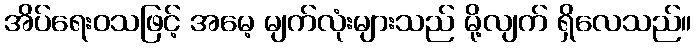
အိပ်ရေးဝသဖြင့် အမေ့ မျက်လုံးများသည် မို့လျက် ရှိလေသည်။